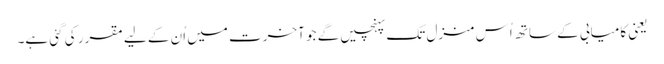
یعنی کامیابی کے ساتھ اُس منزل تک پہنچیں گے جو آخرت میں اُن کے لیے مقرر کی گئی ہے۔